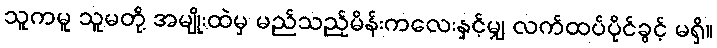
သူကမူ သူမတို့ အမျိုးထဲမှ မည်သည့်မိန်းကလေးနှင့်မျှ လက်ထပ်ပိုင်ခွင့် မရှိ။